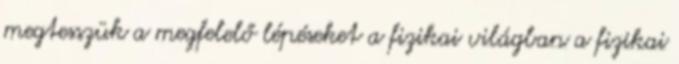
megtesszük a megfelelő lépéseket a fizikai világban a fizikai